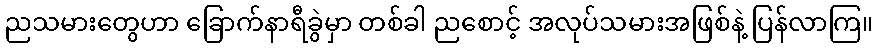
ညသမားတွေဟာ ခြောက်နာရီခွဲမှာ တစ်ခါ ညစောင့် အလုပ်သမားအဖြစ်နဲ့ ပြန်လာကြ။